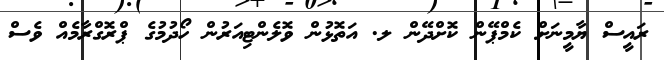
ރައީސް ޔާމީނަށް ކެމްޕޭން ކޮށްދޭން ލ. އަތޮޅުން ވޮލެންޓިއަރުން ހޯދުމުގެ ޕްރޮގްރާމެއް ވެސް